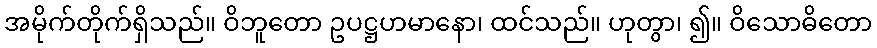
အမိုက်တိုက်ရှိသည်။ ဝိဘူတော ဥပဋ္ဌဟမာနော၊ ထင်သည်။ ဟုတွာ၊ ၍။ ဝိသောဓိတော